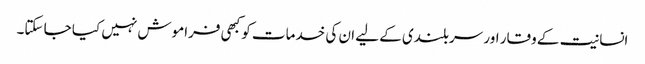
انسانیت کے وقار اور سربلندی کے لیے ان کی خدمات کو کبھی فراموش نہیں کیا جا سکتا۔